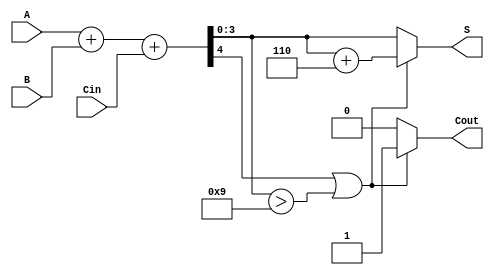
module BCD_Parallel_Adder (
    input [3:0] A,     // First BCD digit
    input [3:0] B,     // Second BCD digit
    input Cin,         // Carry-in
    output reg [3:0] S, // BCD Sum
    output reg Cout     // Carry-out
);

    // Intermediate signals
    wire [4:0] Sum;     // 5-bit sum to accommodate carry
    wire adjust;        // BCD adjustment flag

    // Step 1: Perform binary addition
    assign Sum = A + B + Cin;

    // Step 2: Determine if adjustment is needed
    assign adjust = (Sum[4] == 1'b1) || (Sum[3:0] > 4'b1001);

    // Step 3: Generate output and carry-out
    always @(*) begin
        if (adjust) begin
            S = Sum[3:0] + 4'b0110; // Adjust by adding 6
            Cout = 1'b1;            // Set carry-out
        end else begin
            S = Sum[3:0];           // No adjustment needed
            Cout = 1'b0;            // No carry-out
        end
    end

endmodule